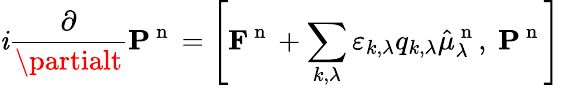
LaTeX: \mathit{i}\frac{{\partial}}{{\partialt}}\mathbf{{P}}^{\mathrm{{~n~}}}=\left[\mathbf{{F}}^{\mathrm{{~n~}}}+\sum_{k,\lambda}\varepsilon_{k,\lambda}q_{k,\lambda}\hat{{\mu}}_{\lambda}^{\mathrm{{~n~}}},\ \mathbf{{P}}^{\mathrm{{~n~}}}\right]